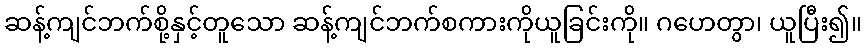
ဆန့်ကျင်ဘက်စို့နှင့်တူသော ဆန့်ကျင်ဘက်စကားကိုယူခြင်းကို။ ဂဟေတွာ၊ ယူပြီး၍။